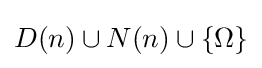
D(n)\cup N(n)\cup \{\Omega \}